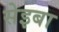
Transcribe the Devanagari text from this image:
सेइबा